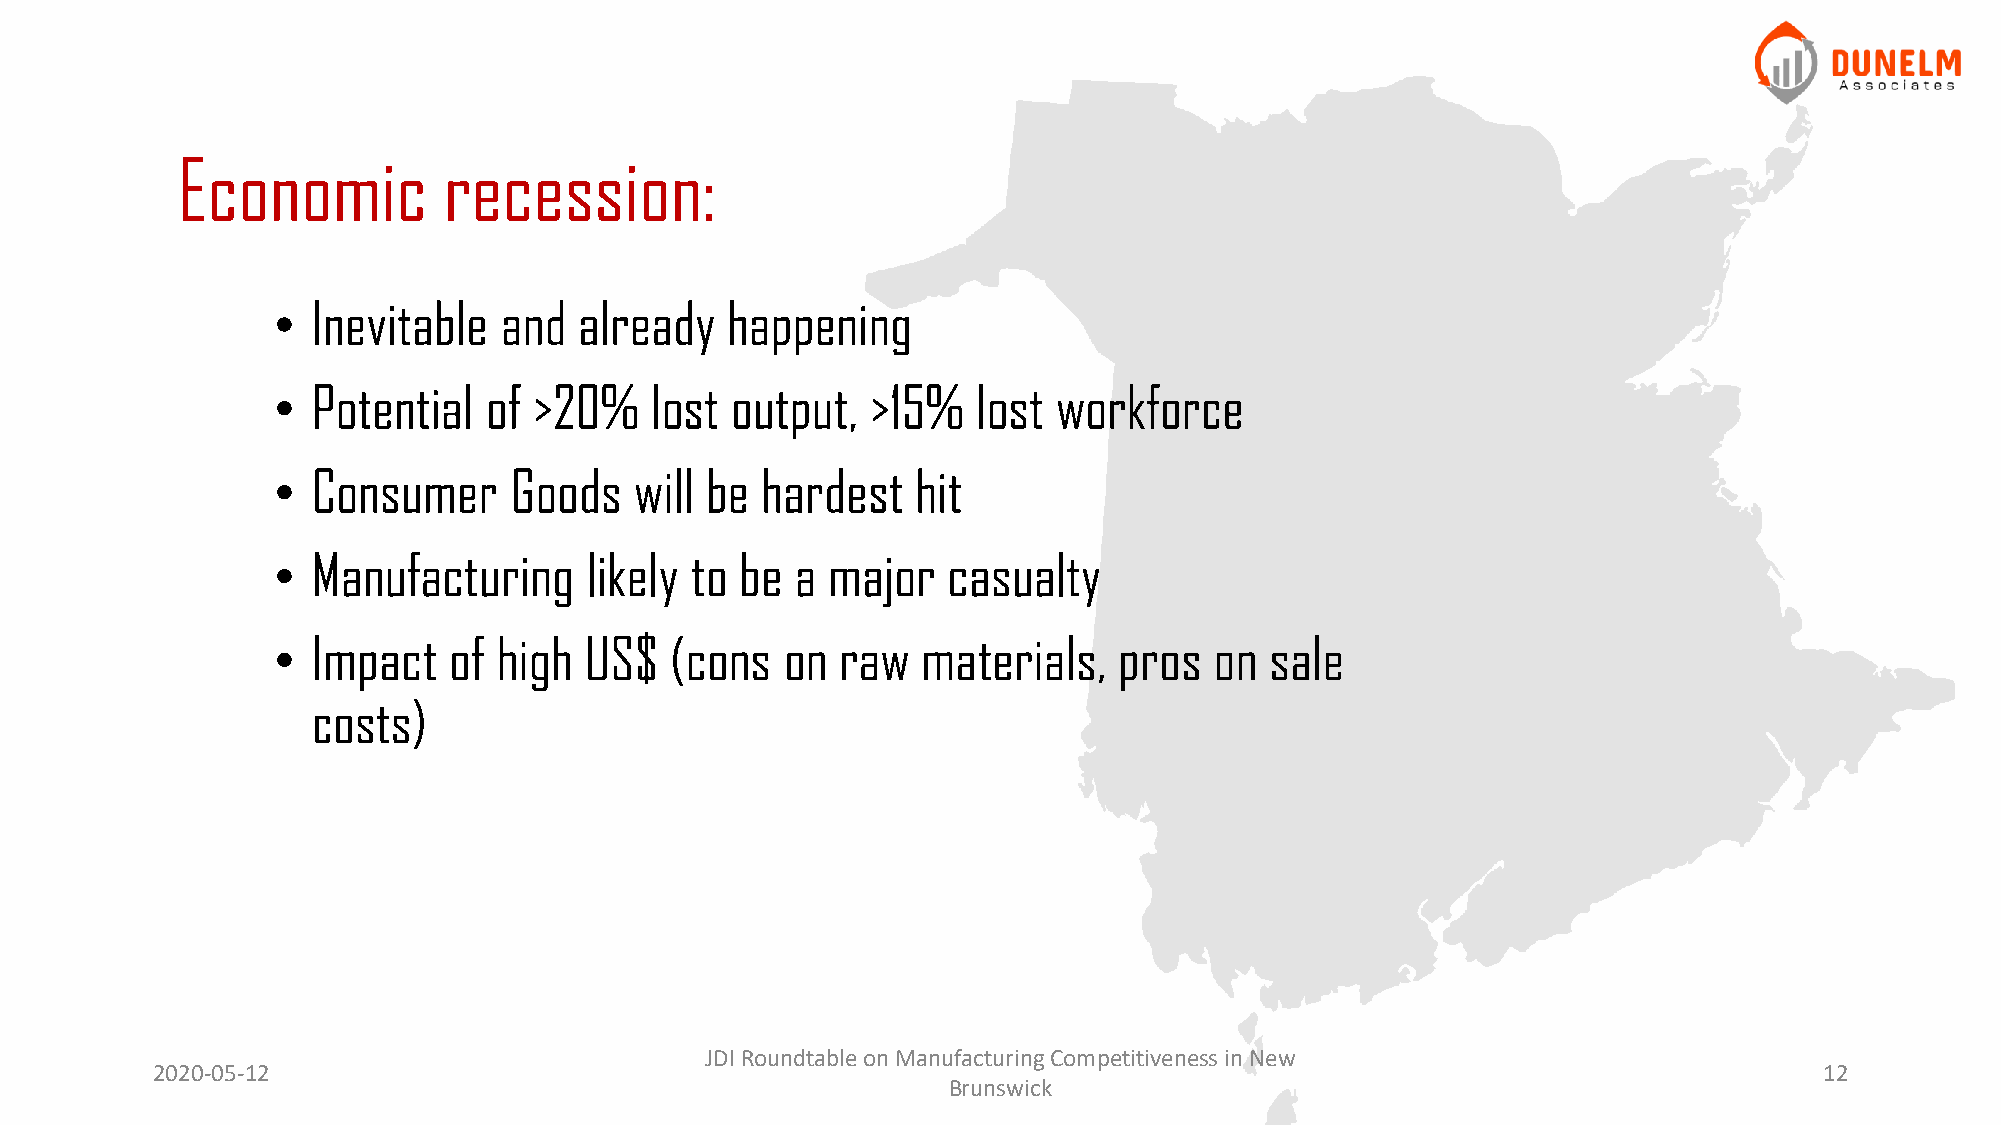
Economic         recession:
 •  Inevitable  and  already   happening
 •  Potential  of >20%    lost output,   >15%   lost workforce
 •  Consumer     Goods   will be hardest    hit
 •  Manufacturing     likely to be  a major   casualty
 •  Impact   of high  US$  (cons   on  raw  materials,   pros  on  sale
 costs)
 JDI Roundtable on Manufacturing Competitiveness in New
 2020-05-12                                                                                                     12
 Brunswick